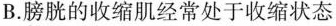
B.膀胱的收缩肌经常处于收缩状态